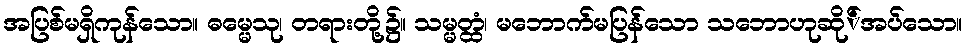
အပြစ်မရှိကုန်သော။ ဓမ္မေသု၊ တရားတို့၌။ သမ္မတ္ထံ၊ မဘောက်မပြန်သော သဘောဟုဆို်အပ်သော။